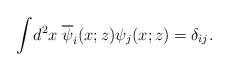
LaTeX: \begin{align*}\int \! d^2 x \; \overline{\psi}_i(x;z)\psi_j(x;z) = \delta_{ij}.\end{align*}